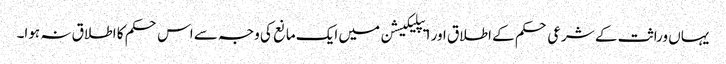
یہاں وراثت کے شرعی حکم کے اطلاق اور ایپلیکیشن میں ایک مانع کی وجہ سے اس حکم کا اطلاق نہ ہوا۔